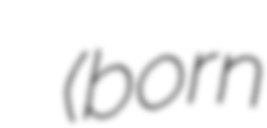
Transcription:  (born